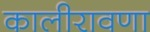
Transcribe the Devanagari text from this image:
कालीरावणा